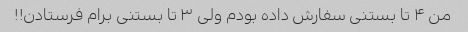
من ۴ تا بستنی سفارش داده بودم ولی ۳ تا بستنی برام فرستادن!!